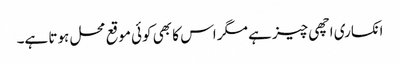
انکساری اچھی چیز ہے مگر اس کا بھی کوئی موقع محل ہوتا ہے۔